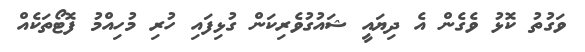
ވަގުތު ކޮޅު ވެގެން އެ ދިޔައީ ޝައުގުވެރިކަން ގުޅިފައި ހުރި މުހިއްމު ފޮޓޯތަކެއް